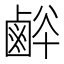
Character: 𪉢